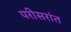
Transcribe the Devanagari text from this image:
परीसरांत